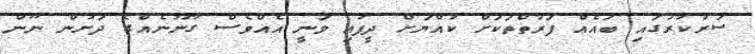
ސަރުކާރުގައި ބައެއް ފަރާތްތަކަށް ކުއްޔަށް ދީފައި ވަނީ އެއްވެސް ގާނޫނެއްގެ ދަށުން ނޫން